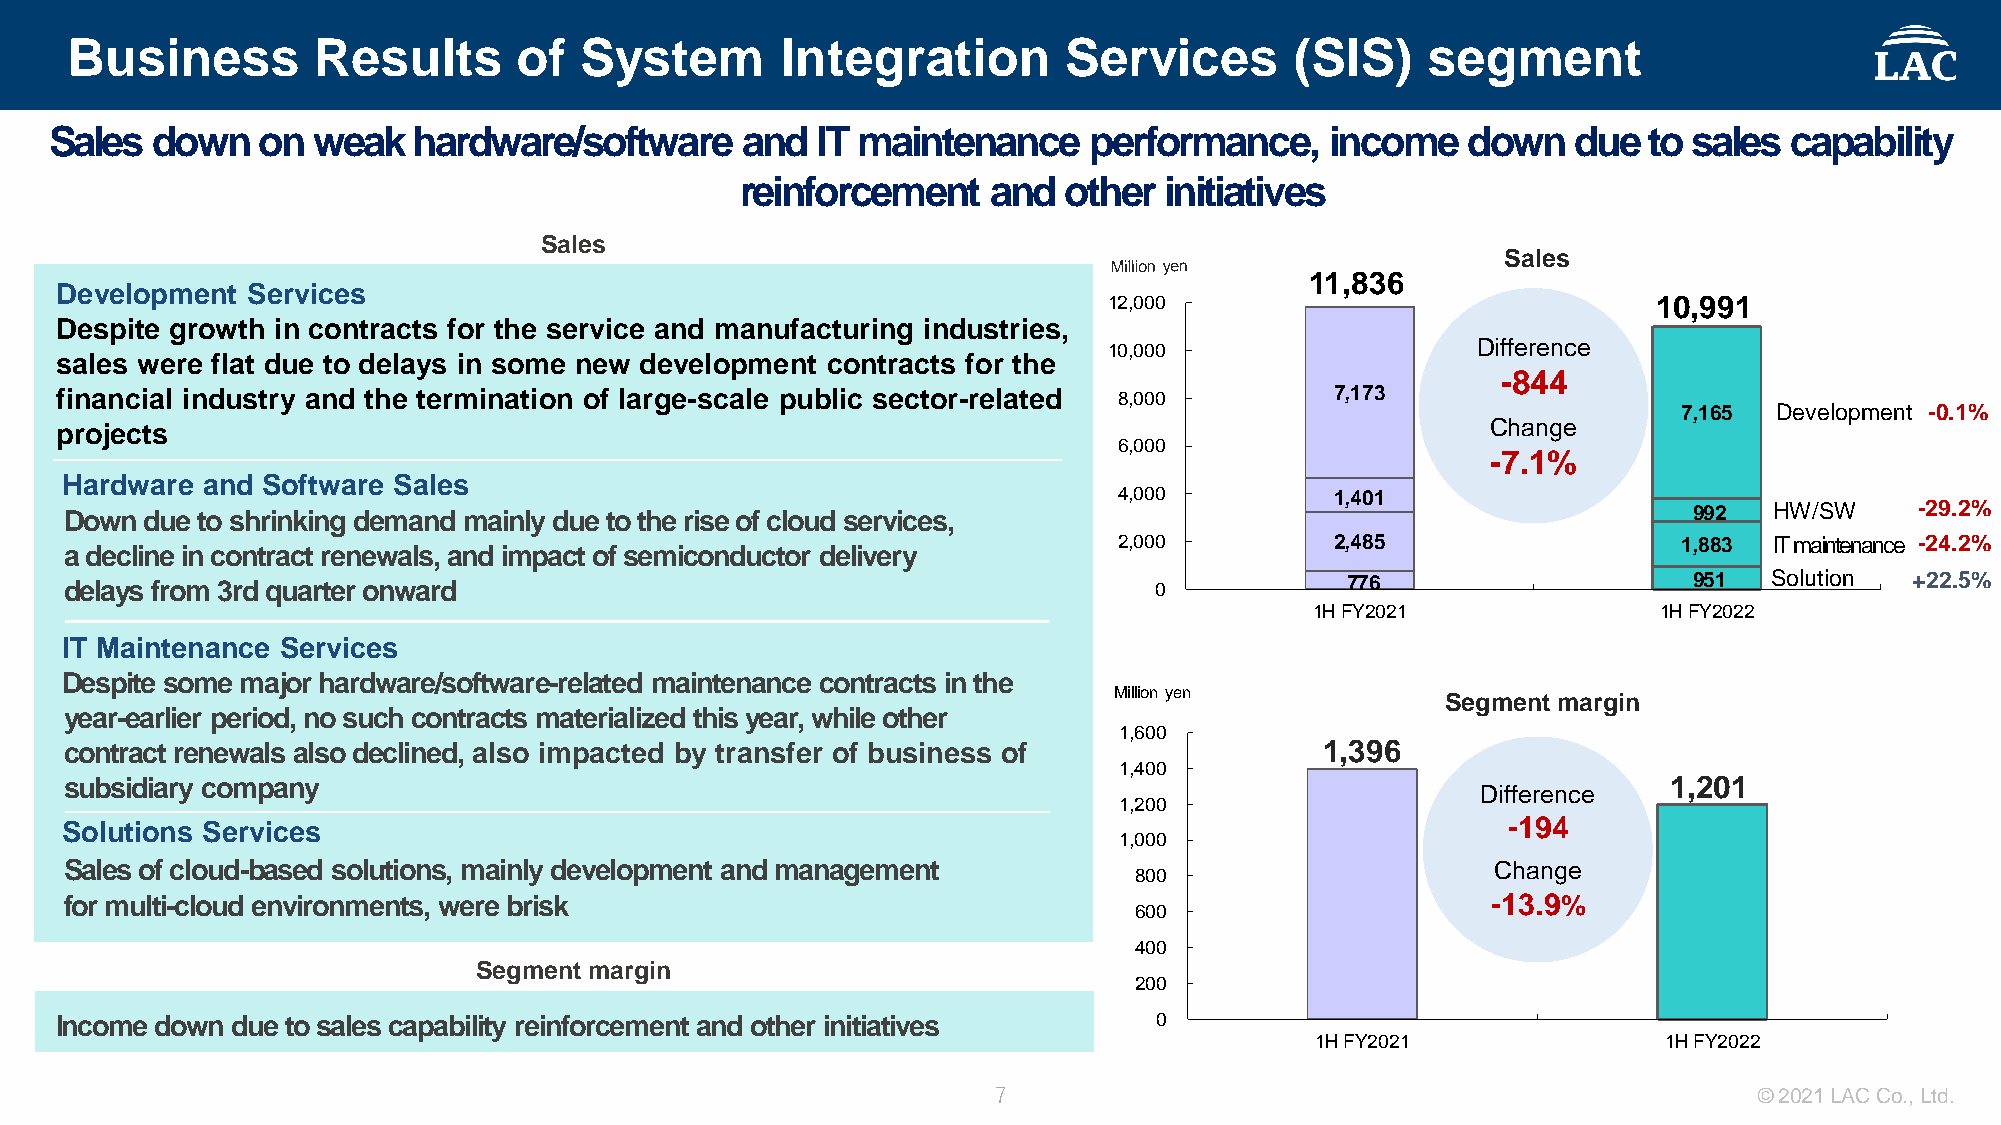
Business         Results      of  System        Integration       Services        (SIS)   segment
 Sales  down   on  weak  hardware/software     and  IT maintenance    performance,    income   down   due  to sales capability
 reinforcement    and  other initiatives
 Sales
 Sales
 11,836
 Development Services
 12,000                               10,991
 Despite growth in contracts for the service and manufacturing industries,
 10,000                   Difference
 sales were flat due to delays in some new development contracts for the
 -844
 financial industry and the termination of large-scale public sector-related 8,000   7,173
 7,165  Development -0.1%
 projects                                                                                       Change
 6,000
 -7.1%
 Hardware and Software Sales
 4,000         1,401
 Down  due to shrinking demand mainly due to the rise of cloud services,                                     992  HW/SW     -29.2%
 2,000         2,485                  1,883 IT maintenance -24.2%
 a decline in contract renewals, and impact of semiconductor delivery
 delays from 3rd quarter onward                                          0            776                    951  Solution  +22.5%
 1H FY2021              1H FY2022
 IT Maintenance Services
 Despite some major hardware/software-related maintenance contracts in the
 Million yen           Segment margin
 year-earlier period, no such contracts materialized this year, while other
 1,600
 contract renewals also declined, also impacted by transfer of business of           1,396
 1,400
 subsidiary company                                                                                         1,201
 Difference
 1,200
 Solutions Services                                                                              -194
 1,000
 Sales of cloud-based solutions, mainly development and management                              Change
 800
 for multi-cloud environments, were brisk                                                       -13.9%
 600
 400
 Segment margin
 200
 Income down due to sales capability reinforcement and other initiatives 0
 1H FY2021              1H FY2022
 7                                                 © 2021 LAC Co., Ltd.